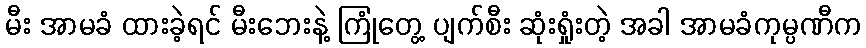
မီး အာမခံ ထားခဲ့ရင် မီးဘေးနဲ့ ကြုံတွေ့ ပျက်စီး ဆုံးရှုံးတဲ့ အခါ အာမခံကုမ္ပဏီက